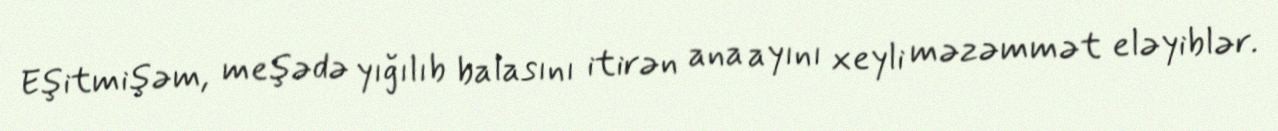
Eşitmişəm, meşədə yığılıb balasını itirən ana ayını xeyli məzəmmət eləyiblər.